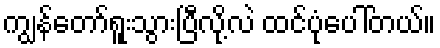
ကျွန်တော်ရူးသွားပြီလို့လဲ ထင်ပုံပေါ်တယ်။